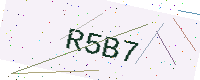
Text: R5B7